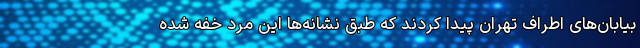
بیابان‌های اطراف تهران پیدا کردند که طبق نشانه‌ها این مرد خفه شده